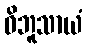
ဝိဘူသာယံ